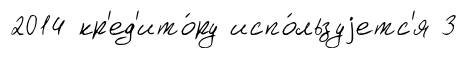
2014 кр'ед'ито́ру испо́льзуjетс'я 3